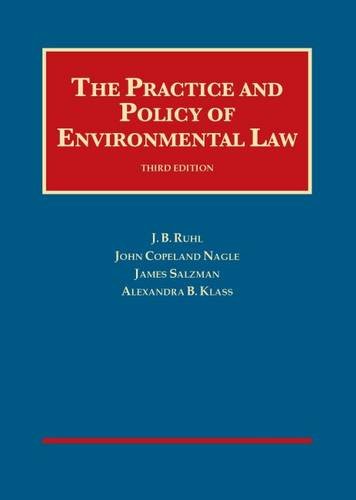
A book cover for The Practice and Policy of Environmental Law (University Casebook Series); J. Ruhl; Law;